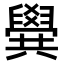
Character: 𠔹